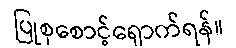
ပြုစုစောင့်ရှောက်ရန်။